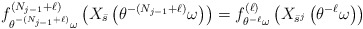
\begin{align*}f^{(N_{j-1}+\ell)}_{\theta ^{-(N_{j-1}+\ell)}\omega}\left(X_{\bar s}\left (\theta ^{-(N_{j-1}+\ell)}\omega\right)\right)= f_{\theta ^{-\ell}\omega}^{(\ell)}\left(X_{\bar s^j}\left(\theta ^{-\ell}\omega\right)\right)\end{align*}